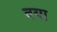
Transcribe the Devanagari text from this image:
वया